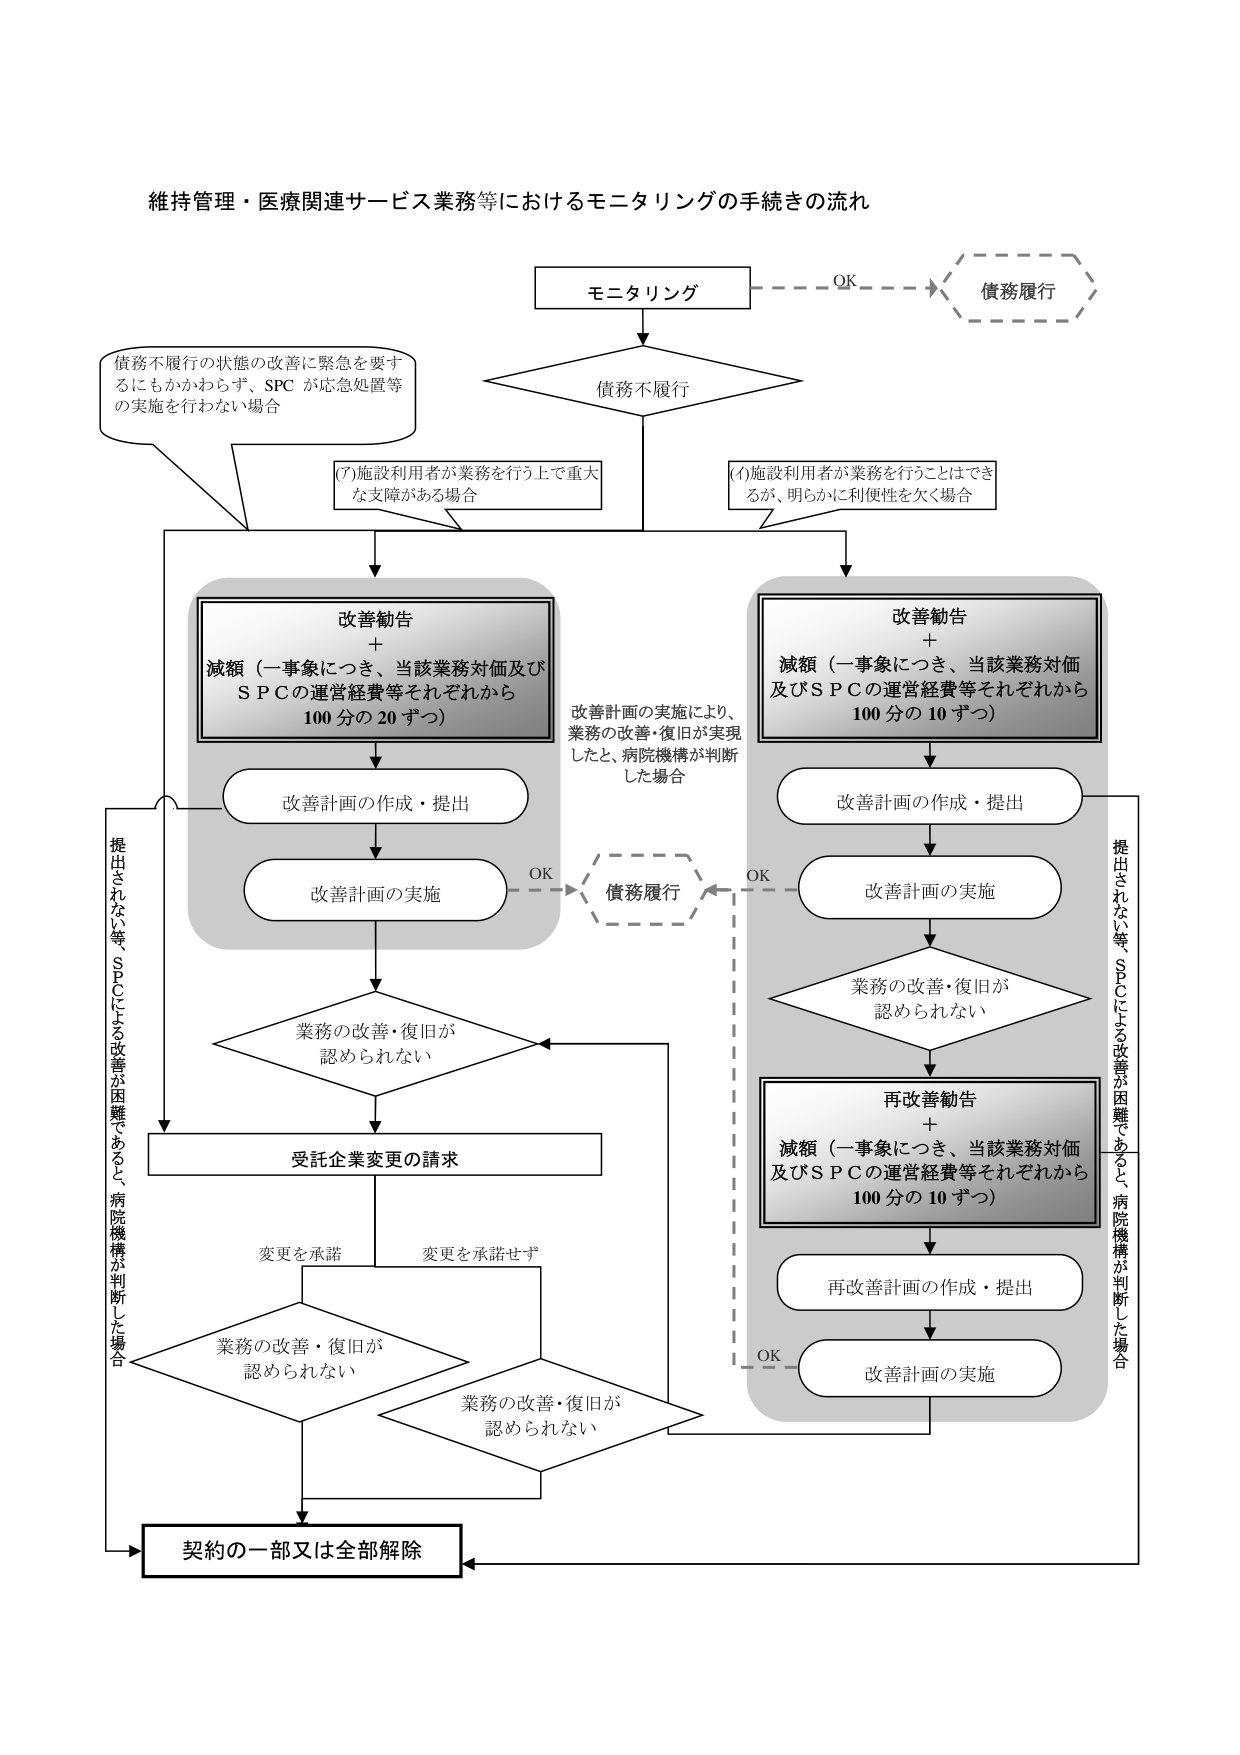
維持管理・医療関連サービス業務等におけるモニタリングの手続きの流れ

モニタリング
　→ OK → 債務履行

債務不履行

債務不履行の状態の改善に緊急を要するにもかかわらず、SPCが応急処置等の実施を行わない場合

(7)施設利用者が業務を行う上で重大な支障がある場合

(1)施設利用者が業務を行うことはできるが、明らかに利便性を欠く場合

改善勧告
＋
減額（一事象につき、当該業務対価及びＳＰＣの運営経費等それぞれから100分の20ずつ）

改善計画の作成・提出

改善計画の実施

業務の改善・復旧が認められない

受託企業変更の請求

変更を承諾
変更を承諾せず

業務の改善・復旧が認められない

契約の一部又は全部解除

改善計画の実施により、業務の改善・復旧が実現したと、病院機構が判断した場合

債務履行

改善勧告
＋
減額（一事象につき、当該業務対価及びＳＰＣの運営経費等それぞれから100分の10ずつ）

改善計画の作成・提出

改善計画の実施

業務の改善・復旧が認められない

再改善勧告
＋
減額（一事象につき、当該業務対価及びＳＰＣの運営経費等それぞれから100分の10ずつ）

再改善計画の作成・提出

改善計画の実施

提出されない等、ＳＰＣによる改善が困難であると、病院機構が判断した場合

提出されない等、ＳＰＣによる改善が困難であると、病院機構が判断した場合

業務の改善・復旧が認められない

契約の一部又は全部解除